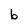
Character: b